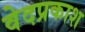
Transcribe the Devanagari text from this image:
वेदप्रकाश